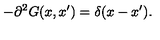
- \partial ^ { 2 } G ( x , x ^ { \prime } ) = \delta ( x - x ^ { \prime } ) .